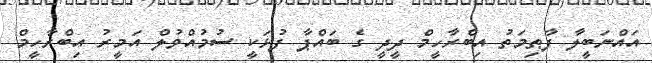
އައްނަބީލާ ފާޠިމަތު އިބްރާހީމް ދީދީ ގެ ބައްޕާ ފުޅަކީ ސުމުއްވުލް އަމީރު އިބްރާހީމް